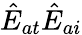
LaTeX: \hat{E}_{at}\hat{E}_{ai}